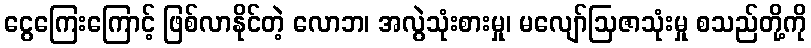
ငွေကြေးကြောင့် ဖြစ်လာနိုင်တဲ့ လောဘ၊ အလွဲသုံးစားမှု၊ မလျော်ဩဇာသုံးမှု စသည်တို့ကို